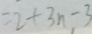
= 2 + 3 n - 3